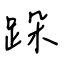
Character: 跺